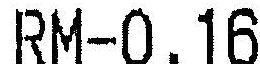
RM-0.16